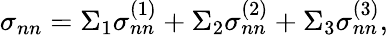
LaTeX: \sigma_{nn}=\Sigma_{1}\sigma_{nn}^{(1)}+\Sigma_{2}\sigma_{nn}^{(2)}+\Sigma_{3}\sigma_{nn}^{(3)},